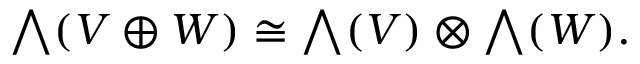
{ \textstyle \bigwedge } ( V \oplus W ) \cong { \textstyle \bigwedge } ( V ) \otimes { \textstyle \bigwedge } ( W ) .